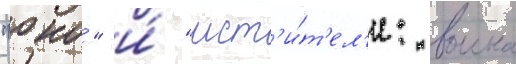
"оно́" и́ "мст'и́т'ел'и: воина